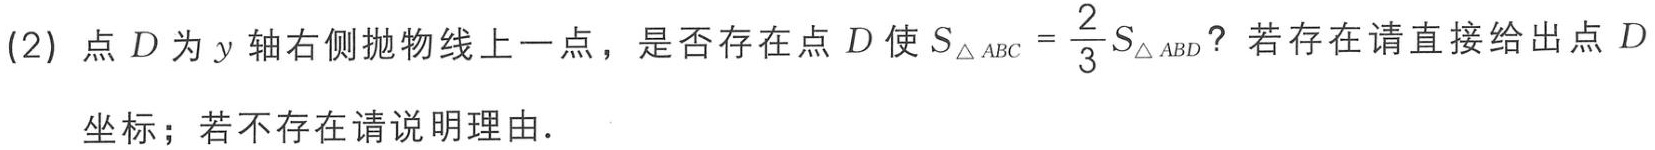
(2) 点 \(D\) 为 \(y\) 轴右侧抛物线上一点，是否存在点 \(D\) 使 \(S_{\triangle ABC}=\frac{2}{3}S_{\triangle ABD}\)？若存在请直接给出点 \(D\)

坐标；若不存在请说明理由.